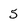
Character: 5